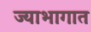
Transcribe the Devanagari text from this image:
ज्याभागात